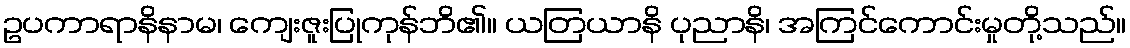
ဥပကာရာနိနာမ၊ ကျေးဇူးပြုကုန်ဘိ၏။ ယတြယာနိ ပုညာနိ၊ အကြင်ကောင်းမှုတို့သည်။